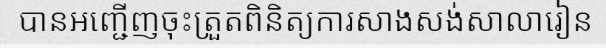
បានអញ្ជើញចុះត្រួតពិនិត្យការសាងសង់សាលារៀន